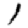
Digit: 1